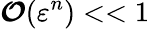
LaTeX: \boldsymbol{\mathcal{O}}(\varepsilon^{n})<<1